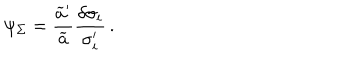
LaTeX: \psi _ { \Sigma } = { \frac { \widetilde { a } ^ { \prime } } { \widetilde { a } } } { \frac { \delta \sigma _ { i } } { \sigma _ { i } ^ { \prime } } } \, .